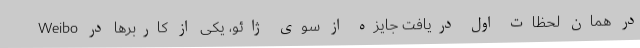
در همان لحظات اول دریافت جایزه از سوی ژائو، یکی از کاربرها در Weibo